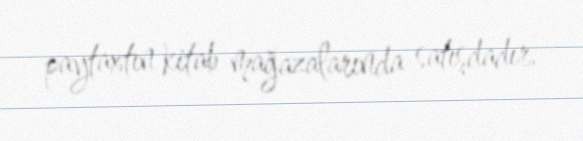
paytaxtın kitab mağazalarında satışdadır.